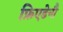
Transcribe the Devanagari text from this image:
फ्रिएडेनौ